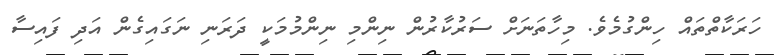
ހަރަކާތްތައް ހިންގުމެވެ. މިހާތަނަށް ސަރުކާރުން ނިންމި ނިންމުމަކީ ދަރަނި ނަގައިގެން އަދި ފައިސާ